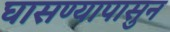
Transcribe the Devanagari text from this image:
घासण्यापासुन